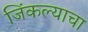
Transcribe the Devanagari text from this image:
जिंकल्याचा